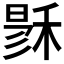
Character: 𥟙